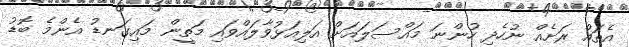
އެތައް ރަށެއް ނުހެދި ހުންނަ މައްސަލައަށް އަލިއަޅުވާލައްވައި މަތީން މައިގަނޑު އެންމެ ބޮޑު